Riigikantselei, lk 50
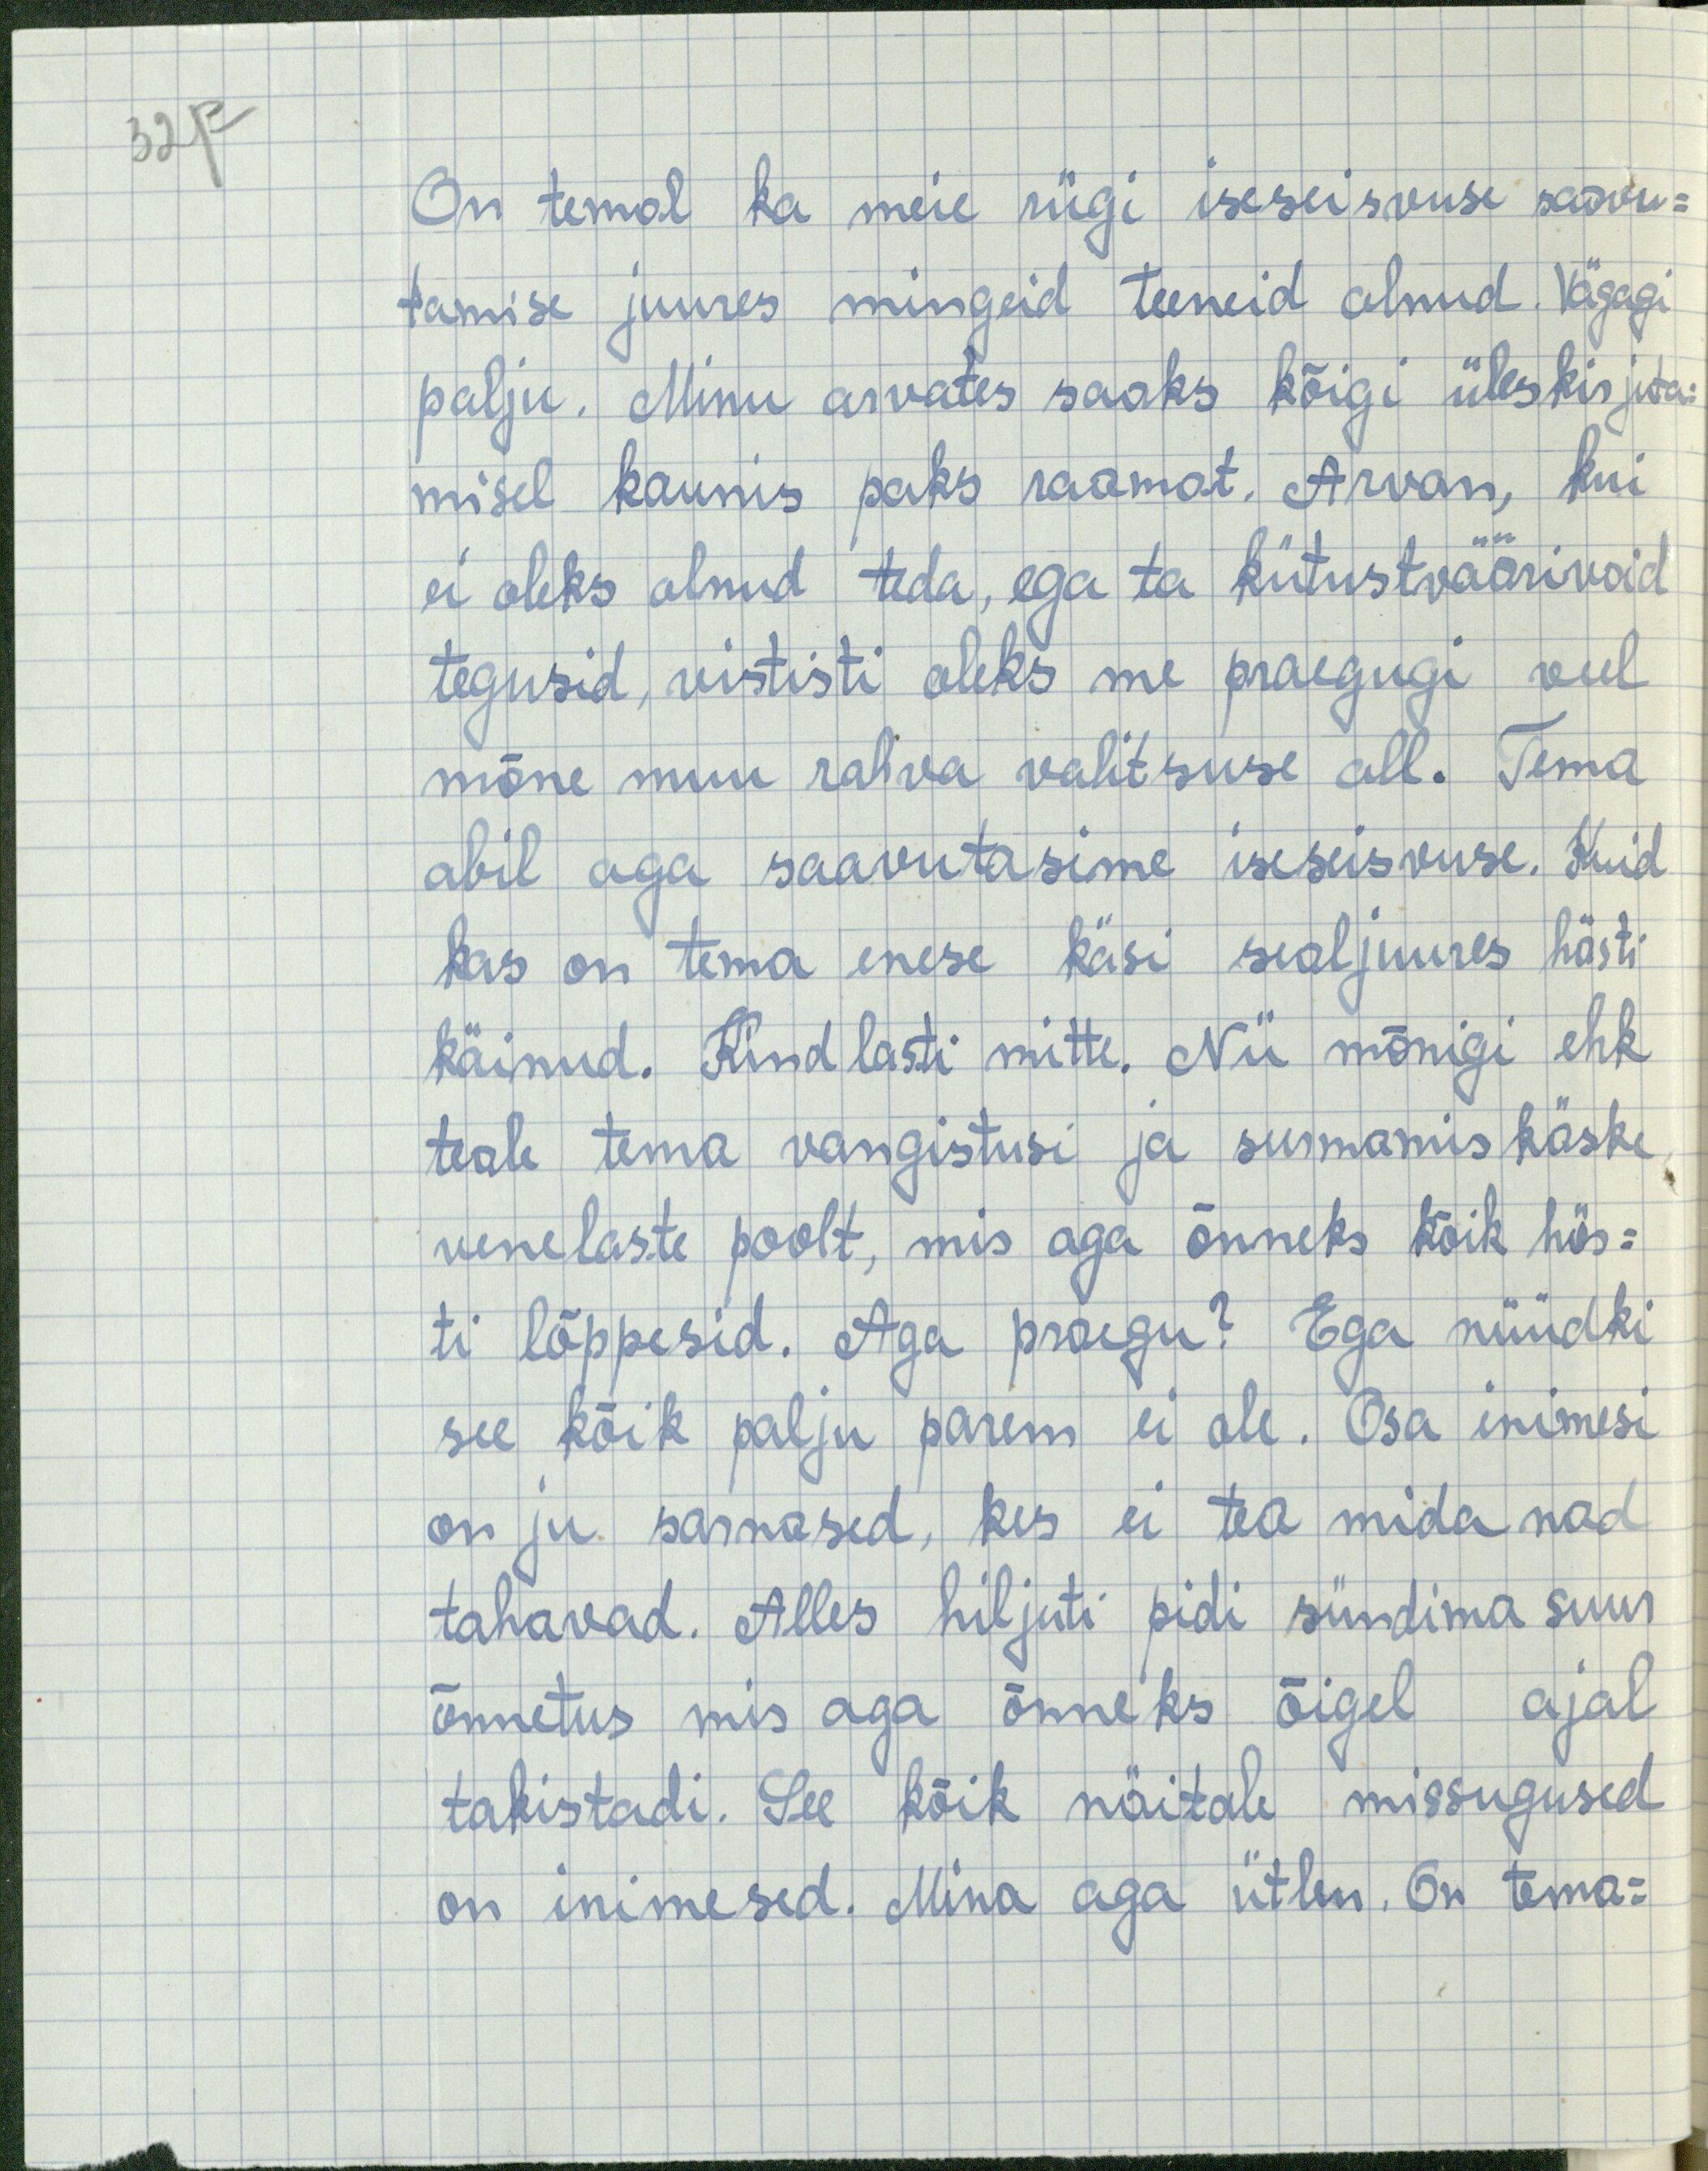
32p

On temal ka meie riigi iseseisvuse saavu-
tamise juures mingeid teeneid olnud. Vägagi
palju. Minu arvates saaks kõigi üleskirjuta-
misel kaunis paks raamat. Arvan, kui
ei oleks olnud teda, ega ta kiitustväärivaid
tegusid, vististi oleks me praegugi veel
mõne muu rahva valitsuse all. Tema
abil aga saavutasime iseseisvuse. Kuid
kas on tema enese käsi sealjuures hästi
käinud. Kindlasti mitte. Nii mõnigi ehk
teab tema vangistusi ja surmamiskäske
venelaste poolt, mis aga õnneks kõik häs-
ti lõppesid. Aga praegu? Ega nüüdki
see kõik palju parem ei ole. Osa inimesi
on ju sarnased, kes ei tea mida nad
tahavad. Alles hiljuti pidi sündima suur
õnnetus mis aga õnneks õigel ajal
takistadi. See kõik näitab missugused
on inimesed. Mina aga ütlen. On tema-